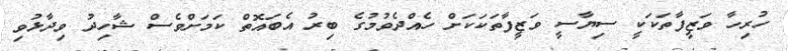
ހުރިހާ ވަޒީފާތަކަކީ ސިޔާސީ ވަޒީފާތަކަކަށް ހެއްދެވުމުގެ ބިރު އެބައޮތް ކަމަށްވެސް ޝާހިދު ވިދާޅުވި